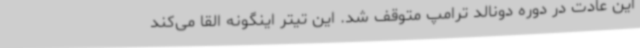
این عادت در دوره دونالد ترامپ متوقف شد. این تیتر اینگونه القا می‌کند